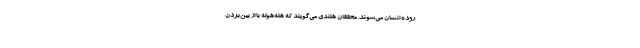
روده انسان می‌شوند. محققان هلندی می‌گویند که هله‌هوله با از بین‌بردن